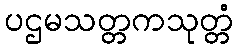
ပဌမသတ္တကသုတ္တံ